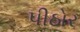
પીઠોર